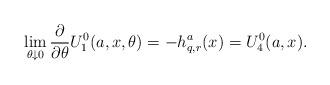
LaTeX: \begin{align*}\lim_{\theta \downarrow 0} \frac \partial {\partial \theta}U_1^0(a,x, \theta) = - h^a_{q,r} (x)=U_4^0(a,x).\end{align*}